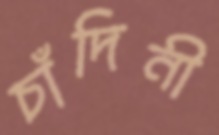
চাঁদিনী